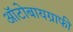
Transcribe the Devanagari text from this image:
ऑटोबायग्राफी